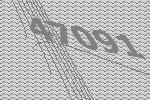
47091